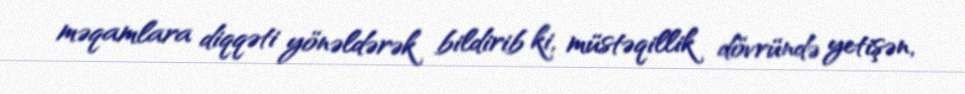
məqamlara diqqəti yönəldərək bildirib ki, müstəqillik dövründə yetişən,